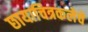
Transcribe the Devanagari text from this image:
छायाचित्रकलेचे